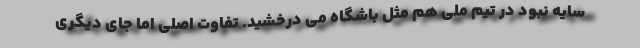
سایه نبود در تیم ملی هم مثل باشگاه می درخشید. تفاوت اصلی اما جای دیگری